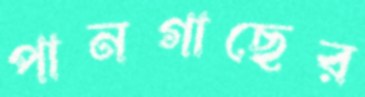
পানগাছের